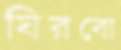
ঘিরবো